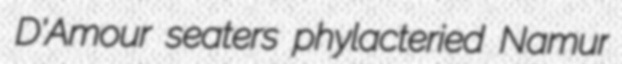
D'Amour seaters phylacteried Namur